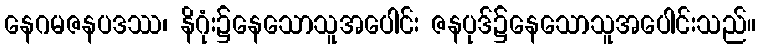
နေဂမဇနပဒဿ၊ နိဂုံး၌နေသောသူအပေါင်း ဇနပုဒ်၌နေသောသူအပေါင်းသည်။